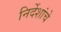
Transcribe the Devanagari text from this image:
निर्देशांचे